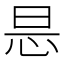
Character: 𢘇